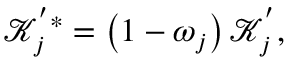
\mathcal { K } _ { j } ^ { ' * } = \left( 1 - \omega _ { j } \right) \mathcal { K } _ { j } ^ { ' } ,